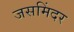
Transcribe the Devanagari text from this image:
जसमिंदर